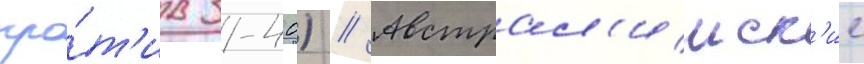
про́т'ив 31-40) // Австрал'ииск'ие